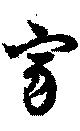
寂